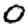
Digit: 0